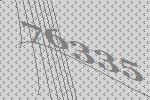
76335